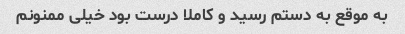
به موقع به دستم رسید و کاملا درست بود خیلی ممنونم